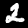
Label: 2